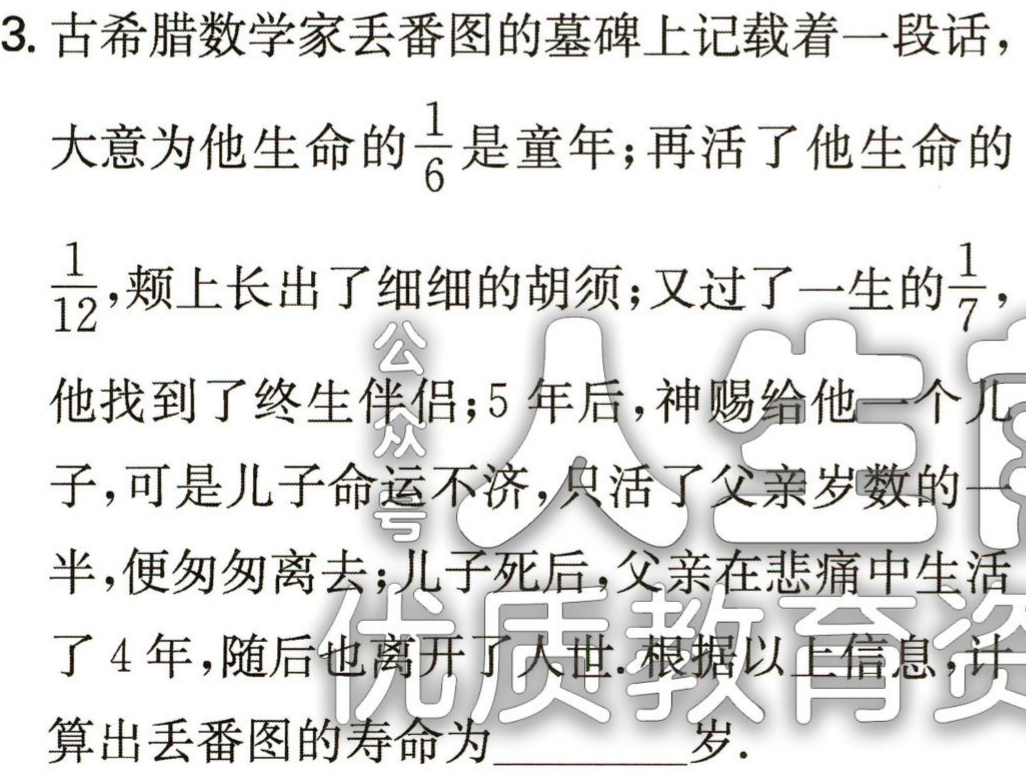
3. 古希腊数学家丢番图的墓碑上记载着一段话，

大意为他生命的$\frac{1}{6}$是童年；再活了他生命的

$\frac{1}{12}$，颊上长出了细细的胡须；又过了一生的$\frac{1}{7}$，

他找到了终生伴侣；5 年后，神赐给他一个儿

子，可是儿子命运不济，只活了父亲岁数的一

半，便匆匆离去；儿子死后，父亲在悲痛中生活

了 4 年，随后也离开了人世.根据以上信息，计

算出丢番图的寿命为______岁.